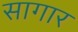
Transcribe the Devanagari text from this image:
सागार